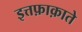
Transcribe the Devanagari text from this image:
इत्तफ़ाक़ाते